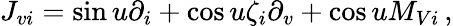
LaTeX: J_{vi}=\sin u\partial_{i}+\cos u\zeta_{i}\partial_{v}+\cos uM_{Vi}\, ,